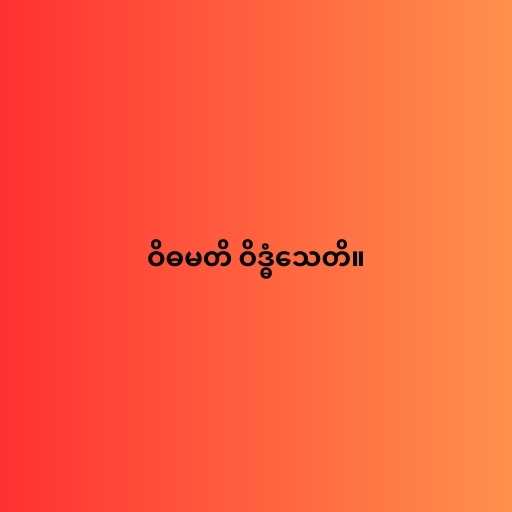
ဝိဓမတိ ဝိဒ္ဓံသေတိ။